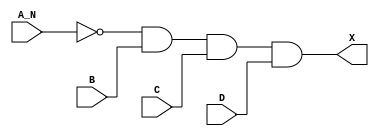
/*
 * Copyright 2020 The SkyWater PDK Authors
 *
 * Licensed under the Apache License, Version 2.0 (the "License");
 * you may not use this file except in compliance with the License.
 * You may obtain a copy of the License at
 *
 *     https://www.apache.org/licenses/LICENSE-2.0
 *
 * Unless required by applicable law or agreed to in writing, software
 * distributed under the License is distributed on an "AS IS" BASIS,
 * WITHOUT WARRANTIES OR CONDITIONS OF ANY KIND, either express or implied.
 * See the License for the specific language governing permissions and
 * limitations under the License.
 *
 * SPDX-License-Identifier: Apache-2.0
*/


`ifndef SKY130_FD_SC_HD__AND4B_FUNCTIONAL_V
`define SKY130_FD_SC_HD__AND4B_FUNCTIONAL_V

/**
 * and4b: 4-input AND, first input inverted.
 *
 * Verilog simulation functional model.
 */

`timescale 1ns / 1ps
`default_nettype none

`celldefine
module sky130_fd_sc_hd__and4b (
    X  ,
    A_N,
    B  ,
    C  ,
    D
);

    // Module ports
    output X  ;
    input  A_N;
    input  B  ;
    input  C  ;
    input  D  ;

    // Local signals
    wire not0_out  ;
    wire and0_out_X;

    //  Name  Output      Other arguments
    not not0 (not0_out  , A_N              );
    and and0 (and0_out_X, not0_out, B, C, D);
    buf buf0 (X         , and0_out_X       );

endmodule
`endcelldefine

`default_nettype wire
`endif  // SKY130_FD_SC_HD__AND4B_FUNCTIONAL_V